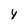
Character: y